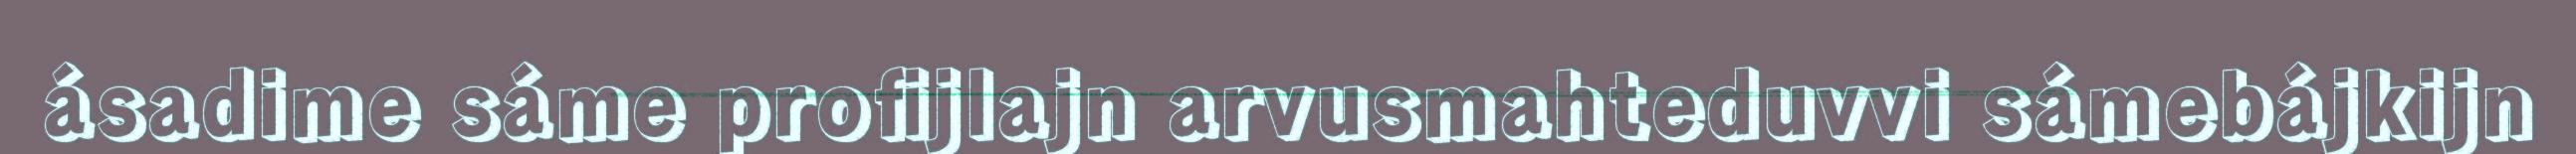
ásadime sáme profijlajn arvusmahteduvvi sámebájkijn